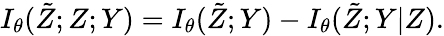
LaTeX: I_{\theta}(\tilde{Z};Z;Y)=I_{\theta}(\tilde{Z};Y)-I_{\theta}(\tilde{Z};Y\vert Z).